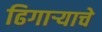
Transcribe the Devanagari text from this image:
ढिगार्‍याचे